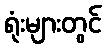
ရုံးများတွင်